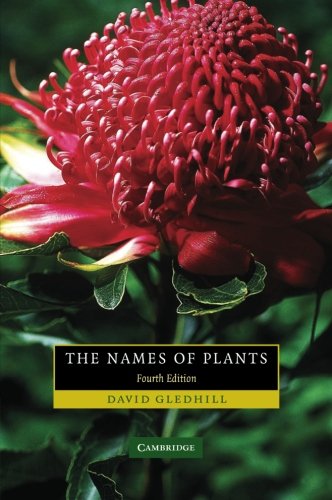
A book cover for The Names of Plants; David Gledhill; Science & Math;